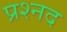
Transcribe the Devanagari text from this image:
प्रश्नद